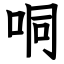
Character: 哃